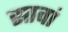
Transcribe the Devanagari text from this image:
सावां